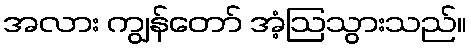
အလား ကျွန်တော် အံ့ဩသွားသည်။